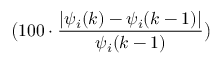
\big ( 1 0 0 \cdot \frac { \vert \psi _ { i } ( k ) - \psi _ { i } ( k - 1 ) \vert } { \psi _ { i } ( k - 1 ) } \big )